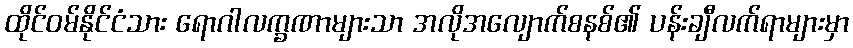
ထိုင်ဝမ်နိုင်ငံသား ရောဂါလက္ခဏာများသာ အလိုအလျောက်စနစ်၏ ပန်းချီလက်ရာများမှာ